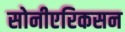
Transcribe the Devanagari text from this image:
सोनीएरिकसन